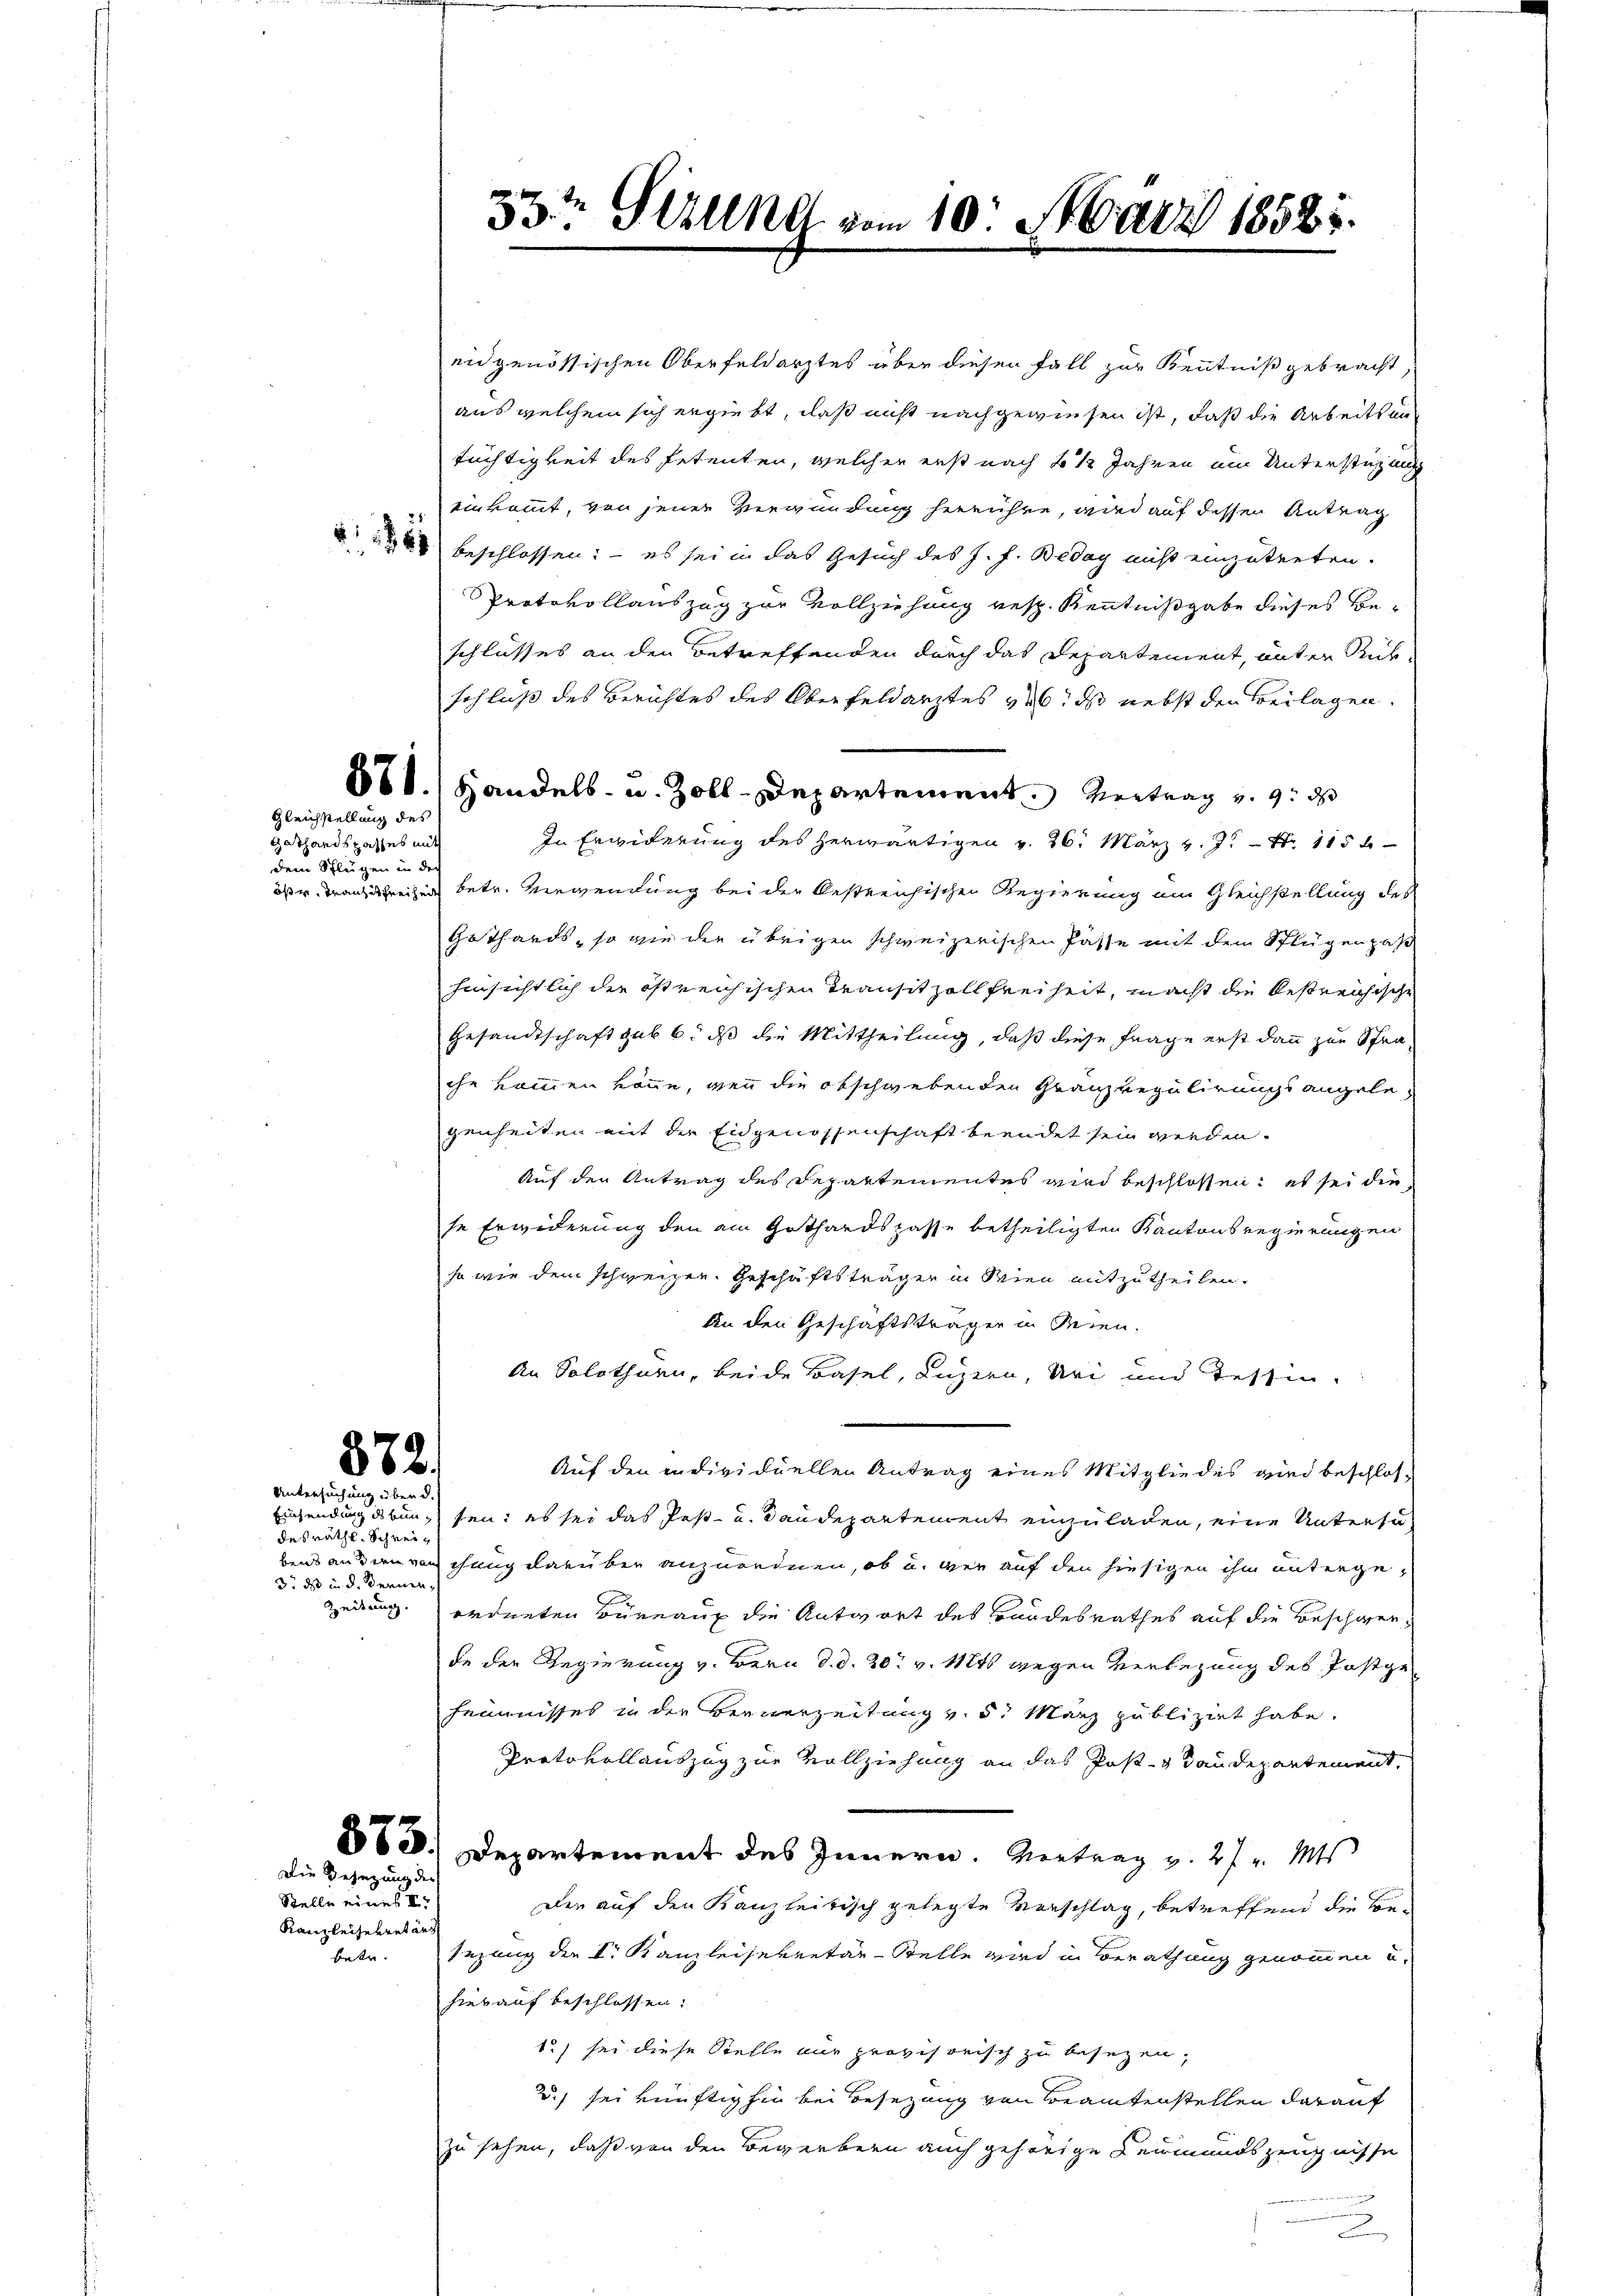
Gleichstellung des
Gothandspasses mit
dem Schlügen in der

872.
Untersuchung über d.

desräthl. Schrei¬
3. ds in d. Bernen¬

Kanzleisekretärs

Die Gesezung der
Stelle eines III

33te Girung vom 10. März 1852.

eidgenössischen Oberfeldarztes über diesen Fall zur Kenntniß gebracht,
aus welchem sich ergiebt, daß nicht nachgewiesen ist, daß die Arbeits antüchtigkeit des Petenten, welcher erst nach 2 1/2 Jahren um Unterstüzung
einkommt, von jener Verwundung herrühre, wird auf dessen Antrag
 beschlossen: – es sei in das Gesuch des J. f. Beday nicht einzutreten.
Protokollauszug zur Vollziehung resp. Kenntnißgabe dieses Beschlusses an den Betreffenden durch das Departement, unter Rük¬
Schluß des Berichtes des Oberfeldarztes 16. ds nebst den Beilagen.
11.) Handels- u. Zoll-Departement. Vertrag v. 9. ds
In Erwiderung des herwärtigen v. 26. März v. J. Nr. 115 b
öser Trankreizen betr. Verwendung bei der bestreichischen Regierung am Gleichstellung des
Gothards, so wie die übrigen schweizerischen Pässe mit dem Schlügen pas
hinsichtlich die östreichischen Transitzoll Freiheit, macht die bestreichische
Gesandtschaft gab 6. ds die Mittheilung, daß diese Frage erst dann zur Pfrache kommen könne, wenn die obschwebenden Granz Regulirungsangelegenheiten mit der Eidgenossenschaft beendet sein werden.
Auf den Antrag des Departementes wird beschlossen: es sei die
se Erwiderung den ain Gothardspasse betheiligten Kantonsregierungen
so wie dem schweizen. Geschäftsträgen in Wien mitzutheilen.
An den Geschäftsträger in Seien.
An Solothurn, beide Basel, Luzern, Uri und Tessin
Auf den individuellen Antrag eines Mitgliedes wird beschlos¬
Einsendung dessung sei; es sei das Post- u. Baudepartement einzuladen, eine Untersa
bens anden von chung darüber anzurednen, ob u. wer auf den hiesigen ihm unterge¬
Zeitung ordneten Büreaux die Antwort des Bandesrathes auf die Beschwer
de der Regierung v. Bern d. d. 20t v. Mts wegen Verlegung des Postge
heimnisses in der Bernerzeitung v. 5. März publizirt habe.
Protokollauszug zur Vollziehung an das Post- & Staudepartement,
883. Departement des Innern. Vertrag v. 27 v. Mts
Der auf den Kanzleitisch gelegte Vorschlag, betreffend die Bebetr. sezung der I. Kanzleisekretär-Stelle wird in Berathung genommen u.
hierauf beschlossen:
1) sei diese Stelle nur provisorisch zu besezen,
2.) sei künftighin bei Besetzung von Beamtenstellen darauf
zu sehen, daß von den Bewerbern auch gehörige Leumundszeugnisse
.